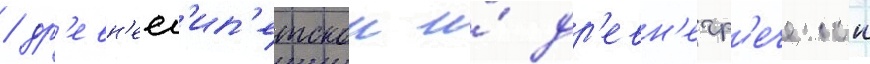
/ др'евн'еег'ип'етскои и́ др'евн'егр'еческои